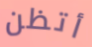
أتظن